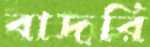
বাদরি